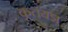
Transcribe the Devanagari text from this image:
कृतयज्ञ